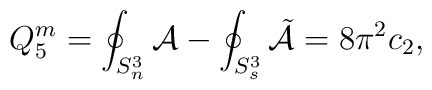
Q_{5}^{m}=\oint_{S^3_n}{\cal A}-\oint_{S^3_s}{\tilde {\cal A}}=8\pi^{2}c_2,